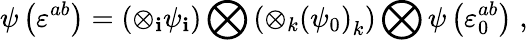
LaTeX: \psi\left(\varepsilon^{ab}\right)=\left(\otimes_{\mathbf{i}}\psi_{\mathbf{i}}\right)\bigotimes\left(\otimes_{k}{\left(\psi_{0}\right)}_{k}\right)\bigotimes\psi\left(\varepsilon_{0}^{ab}\right)\; ,